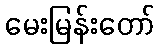
မေးမြန်းတော်